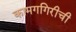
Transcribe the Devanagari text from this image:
कामगगिरीची